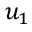
u _ { 1 }